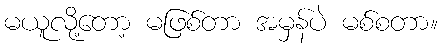
မယူလို့တော့ မဖြစ်တာ အမှန်ပဲ မစ်စတာ။